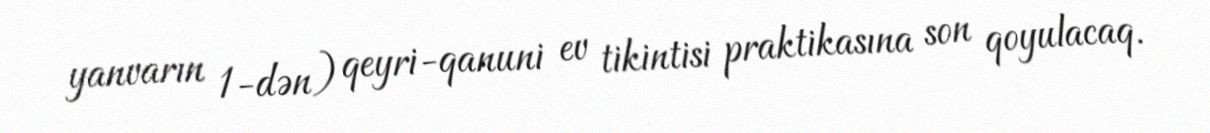
yanvarın 1-dən) qeyri-qanuni ev tikintisi praktikasına son qoyulacaq.